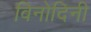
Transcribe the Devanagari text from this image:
विनोदिनी